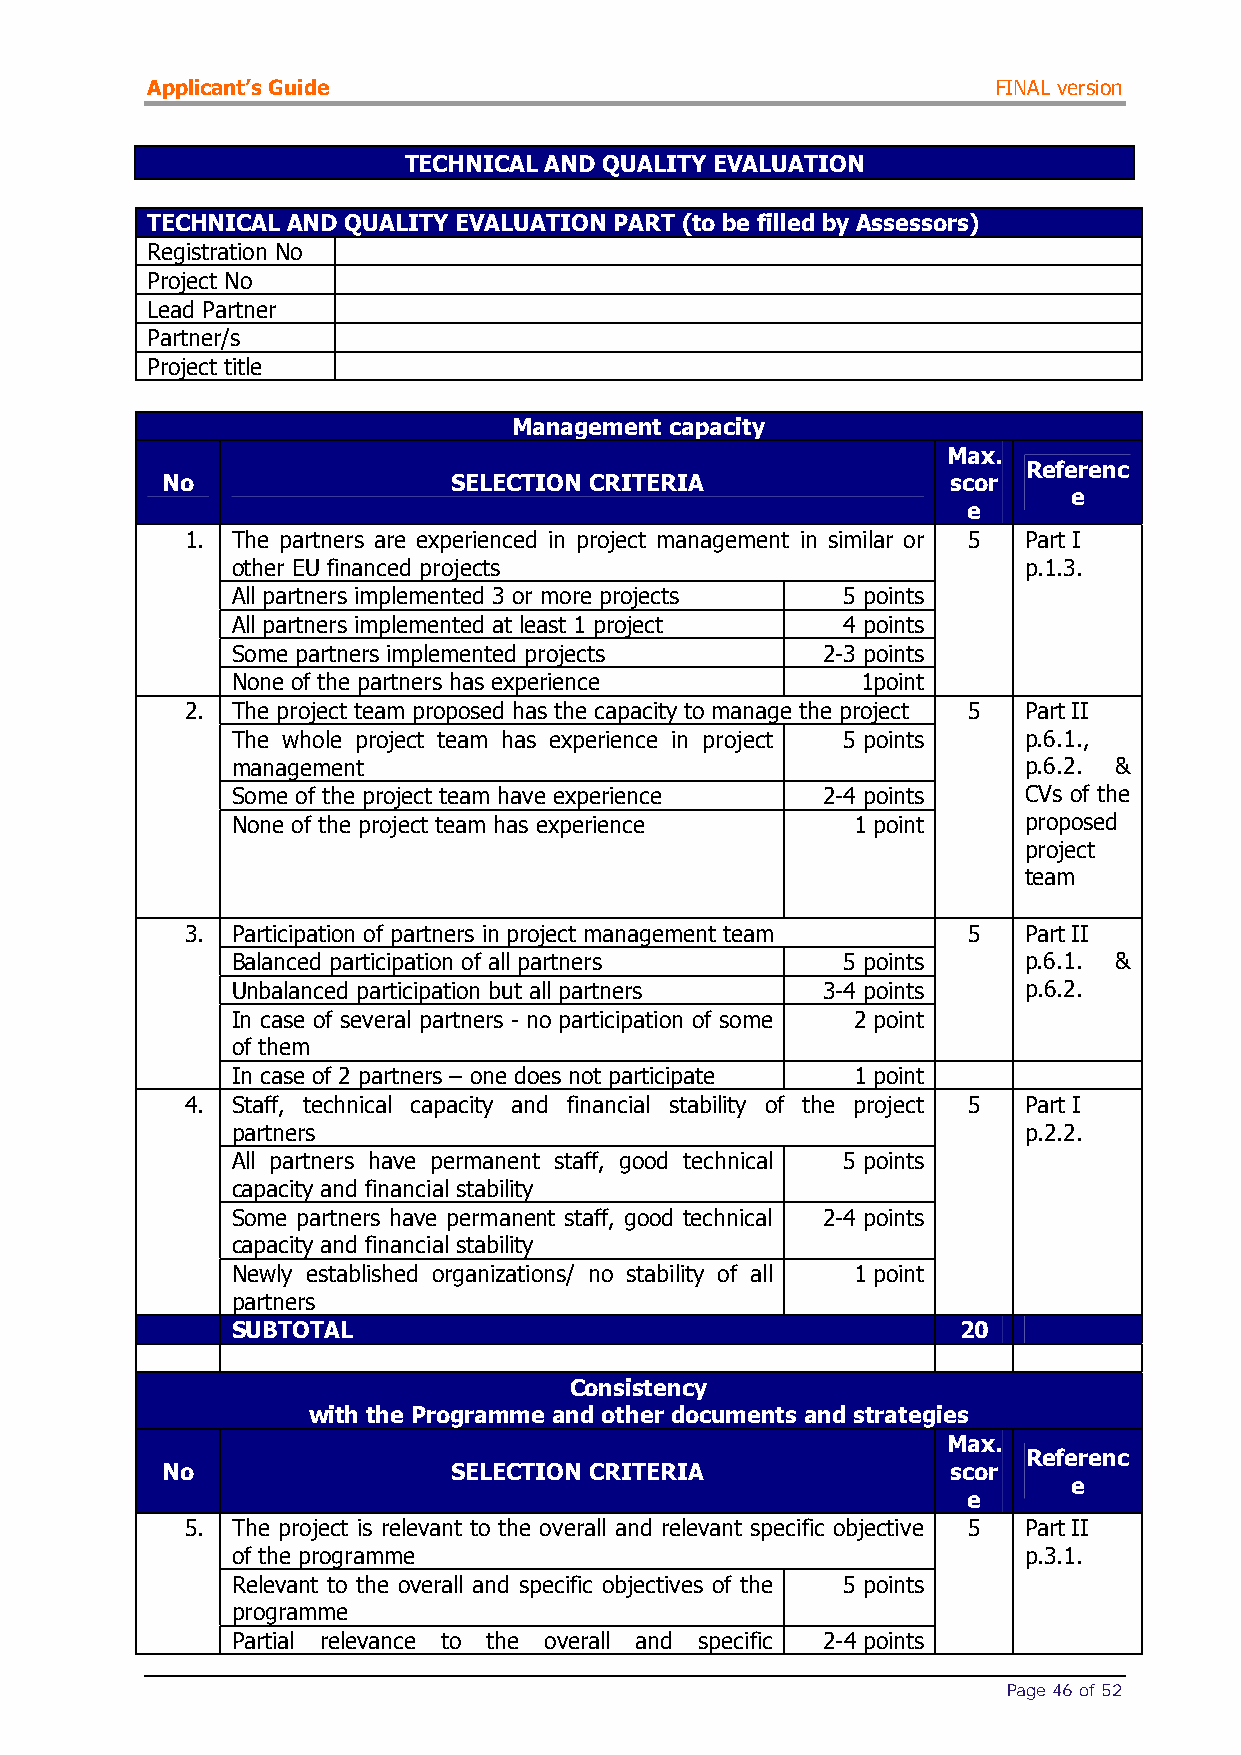
Applicant’s Guide                                       FINAL version
 TECHNICAL AND QUALITY EVALUATION
 TECHNICAL AND QUALITY EVALUATION PART (to be filled by Assessors)
 Registration No
 Project No
 Lead Partner
 Partner/s
 Project title
 Management capacity
 Max.
 Referenc
 No                 SELECTION CRITERIA               scor
 e
 e
 1. The partners are experienced in project management in similar or 5 Part I
 other EU financed projects                           p.1.3.
 All partners implemented 3 or more projects 5 points
 All partners implemented at least 1 project 4 points
 Some partners implemented projects     2-3 points
 None of the partners has experience       1point
 2. The project team proposed has the capacity to manage the project 5 Part II
 The whole project team has experience in project 5 points p.6.1.,
 management                                           p.6.2. &
 Some of the project team have experience 2-4 points  CVs of the
 None of the project team has experience  1 point     proposed
 project
 team
 3. Participation of partners in project management team 5 Part II
 Balanced participation of all partners   5 points    p.6.1. &
 Unbalanced participation but all partners 3-4 points p.6.2.
 In case of several partners - no participation of some 2 point
 of them
 In case of 2 partners – one does not participate 1 point
 4. Staff, technical capacity and financial stability of the project 5 Part I
 partners                                             p.2.2.
 All partners have permanent staff, good technical 5 points
 capacity and financial stability
 Some partners have permanent staff, good technical 2-4 points
 capacity and financial stability
 Newly established organizations/ no stability of all 1 point
 partners
 SUBTOTAL                                        20
 Consistency
 with the Programme and other documents and strategies
 Max.
 Referenc
 No                 SELECTION CRITERIA               scor
 e
 e
 5. The project is relevant to the overall and relevant specific objective 5 Part II
 of the programme                                     p.3.1.
 Relevant to the overall and specific objectives of the 5 points
 programme
 Partial relevance to the overall and specific 2-4 points
 Page 46 of 52